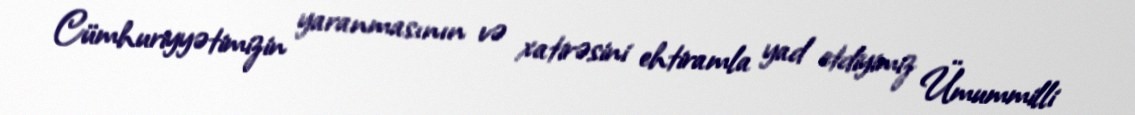
Cümhuriyyətimizin yaranmasının və xatirəsini ehtiramla yad etdiyimiz Ümummilli